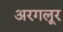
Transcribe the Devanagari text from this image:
अरगलूर